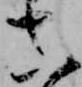
真